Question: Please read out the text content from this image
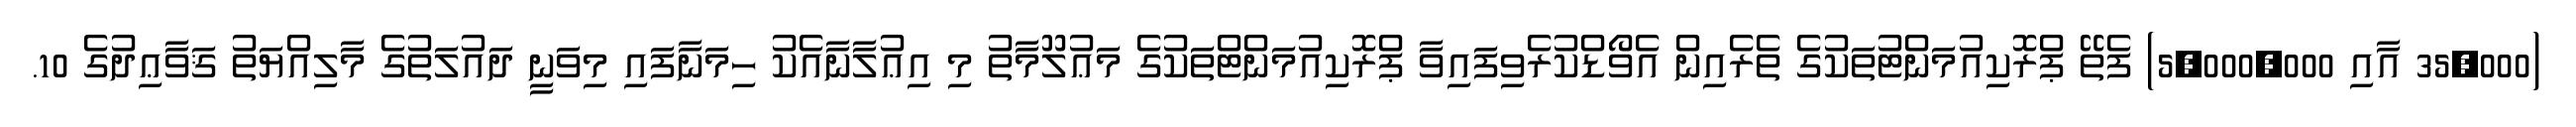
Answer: (35,000 އާއި 5,000,000) ފެތޭ ޕްރޮކިއުމަންޓުތަކުގެ ތެރެއިން އެވޯޑްކުރެވިފައިވާ ޕްރޮކިއުމަންޓްތަކުގެ މަޢުލޫމާތު މި އިޢުލާނާއެކު ހިމަނާފައި މިވަނީ ދައުލަތުގެ މާލިއްޔަތު ޤަވާޢިދުގެ 10.